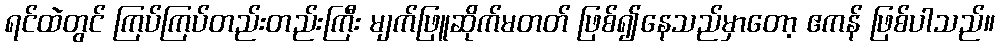
ရင်ထဲတွင် ကြပ်ကြပ်တည်းတည်းကြီး မျက်ဖြူဆိုက်မတတ် ဖြစ်၍နေသည်မှာတော့ ဧကန် ဖြစ်ပါသည်။